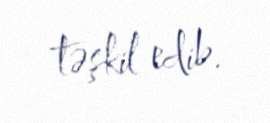
təşkil edib.